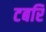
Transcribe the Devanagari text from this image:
टबरि